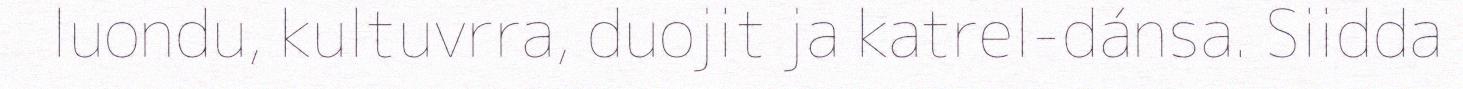
luondu, kultuvrra, duojit ja katrel-dánsa. Siidda